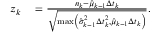
\begin{array} { r l } { z _ { k } } & { { } = \frac { n _ { k } - \hat { \mu } _ { k - 1 } \Delta t _ { k } } { \sqrt { \operatorname* { m a x } \left( \hat { \sigma } _ { k - 1 } ^ { 2 } \Delta t _ { k } ^ { 2 } , \hat { \mu } _ { k - 1 } \Delta t _ { k } \right) } } . } \end{array}